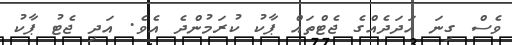
ވެސް ގިނަ އަދަދެއްގެ ޖެޓްތައް ޕާކު ކުރަމުންދެ އެވެ. އަދި ޖެޓު ޕާކު